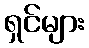
ရှင်များ